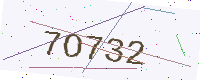
Text: 7O732